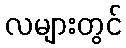
လများတွင်